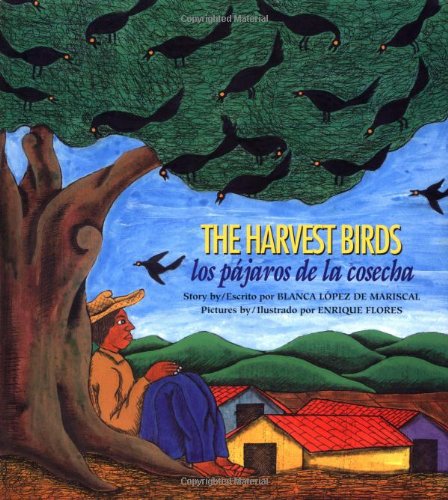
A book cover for Los Pajaros de La Cosecha / The Harvest Birds; Blanca Mariscal de Lopez; Children's Books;